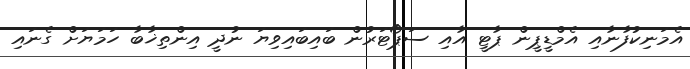
އެމަނިކުފާނާއި އެމްޑީޕީން ޕާޓީ އާއި ސަޕޯޓަރުން ބައިބައިވިޔަ ނުދީ އިންތިޚާބާ ހަމަޔަށް ގެނައި